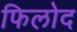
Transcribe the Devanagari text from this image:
फिलोद